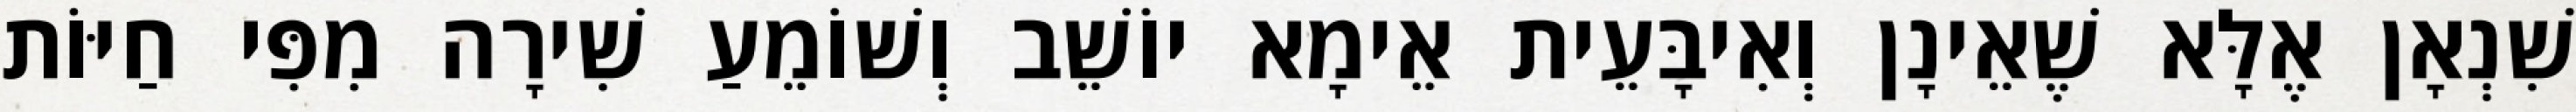
שִׁנְאָן אֶלָּא שֶׁאֵינָן וְאִיבָּעֵית אֵימָא יוֹשֵׁב וְשׁוֹמֵעַ שִׁירָה מִפִּי חַיּוֹת